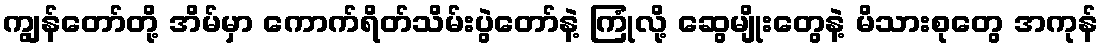
ကျွန်တော်တို့ အိမ်မှာ ကောက်ရိတ်သိမ်းပွဲတော်နဲ့ ကြုံလို့ ဆွေမျိုးတွေနဲ့ မိသားစုတွေ အကုန်